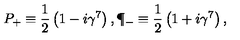
P _ { + } \equiv { \frac { 1 } { 2 } } \left( 1 - i \gamma ^ { 7 } \right) , \P _ { - } \equiv { \frac { 1 } { 2 } } \left( 1 + i \gamma ^ { 7 } \right) ,